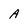
Character: A